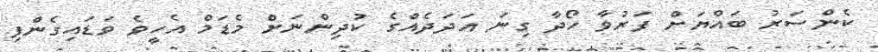
ކެންސަރު ބައްޔަށް ފަރުވާ ހޯދާ ގިނަ އަދަދެއްގެ ކުދިންނަށް މެޑަމް އެހީވެ ވަޑައިގެންފި